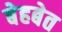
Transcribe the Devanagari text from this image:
बेहबेत